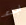
ابدء